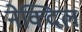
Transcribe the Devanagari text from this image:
नेक्दिल